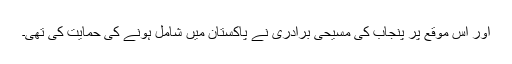
اور اس موقع پر پنجاب کی مسیحی برادری نے پاکستان میں شامل ہونے کی حمایت کی تھی۔